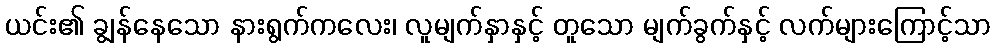
ယင်း၏ ချွန်နေသော နားရွက်ကလေး၊ လူမျက်နှာနှင့် တူသော မျက်ခွက်နှင့် လက်များကြောင့်သာ